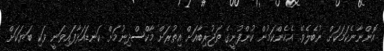
އޮންނާނެކަމަކަށް ނުބެލެެވޭ. އެހެންކަމުން ކުންފުނީގެ ތަޖުރިބާއަށް އިތުރަށް މާކްސްދިނުމަށް ކަނޑައަޅާފައިވަނީ ވަކި ބަޔަކަށް